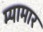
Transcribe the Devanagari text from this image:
म्यामार